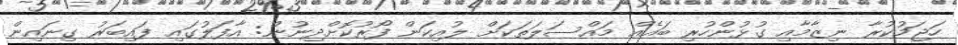
ހަޖަމުކުރާ ނިޒާމާއި ގުޅުންހުރި ބައެއް މައްސަލަތަކަށް ލުއިކަން ފޯރުކޮށްދިނުން: އާފަލުގައި ފައިބަރު ގިނައިން